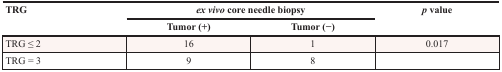
<table><thead><tr><td rowspan="2"><b>TRG</b></td><td colspan="2"><b><i>ex vivo</i> core needle biopsy</b></td><td rowspan="2"><b><i>p</i> value</b></td></tr><tr><td><b>Tumor (+)</b></td><td><b>Tumor (−)</b></td></tr></thead><tbody><tr><td>TRG ≤ 2</td><td>16</td><td>1</td><td>0.017</td></tr><tr><td>TRG = 3</td><td>9</td><td>8</td><td></td></tr></tbody></table>